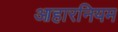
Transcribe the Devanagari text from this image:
आहारनियम